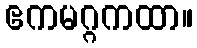
ဧကမဂ္ဂကထာ။